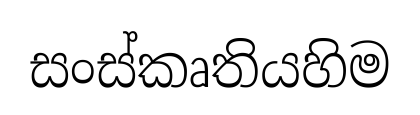
සංස්කෘතියහිම